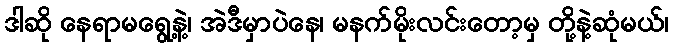
ဒါဆို နေရာမရွေ့နဲ့၊ အဲဒီမှာပဲနေ၊ မနက်မိုးလင်းတော့မှ တို့နဲ့ဆုံမယ်၊